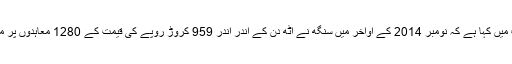
سی بی آئی نے اپنی چارج شیٹ میں کہا ہے کہ نومبر 2014 کے اواخر میں سنگھ نے آٹھ دن کے اندر اندر 959 کروڑ روپے کی قیمت کے 1280 معاہدوں پر مبینہ طور پر دستخط کئے تھے۔